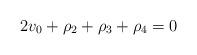
LaTeX: \begin{align*} 2v_0+\rho_2+\rho_3+\rho_4=0\end{align*}